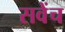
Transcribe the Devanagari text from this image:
सवेंच